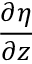
\frac { \partial \eta } { \partial z }